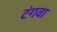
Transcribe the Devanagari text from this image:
टंगवा